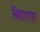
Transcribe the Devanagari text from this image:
बिताएगा